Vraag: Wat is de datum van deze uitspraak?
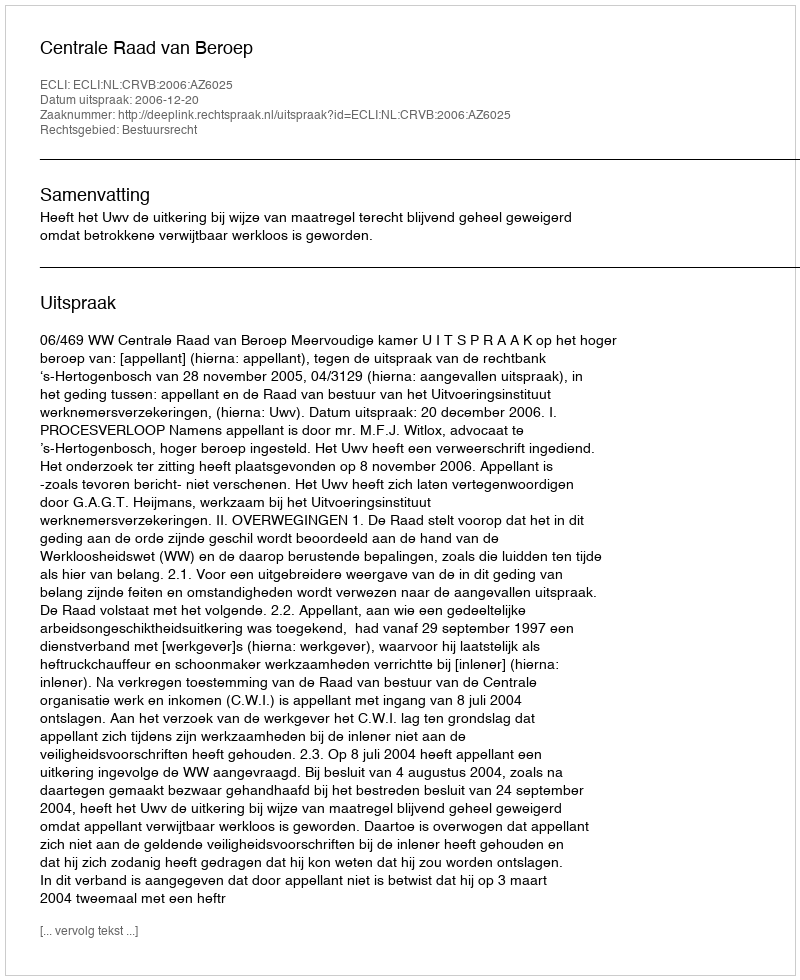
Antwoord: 2006-12-20